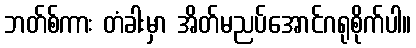
ဘတ်စ်ကား တံခါးမှာ အိတ်မညပ်အောင်ဂရုစိုက်ပါ။